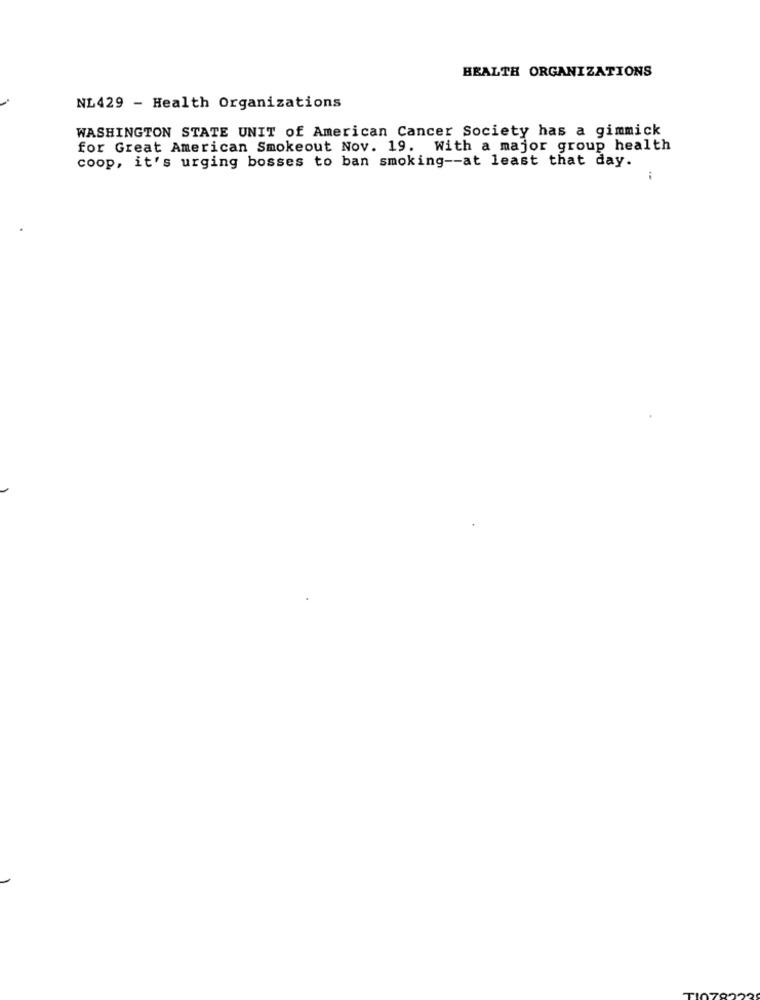
HEALTH ORGANIZATIONS
NL429 - Health Organizations
WASHINGTON STATE UNIT of American Cancer Society has a gimmick
for Great American Smokeout Nov. 19. With a major group health
coop, it's urging bosses to ban smoking -- at least that day.